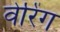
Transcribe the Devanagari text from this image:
वेरिंग